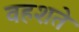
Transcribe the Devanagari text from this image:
वहशते